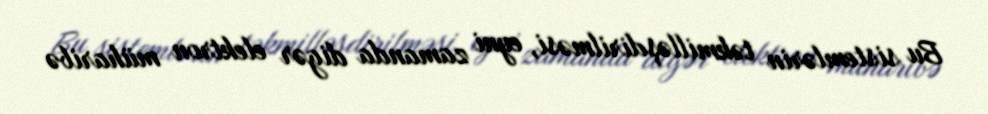
Bu sistemlərin təkmilləşdirilməsi, eyni zamanda digər elektron müharibə